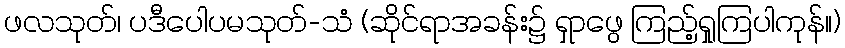
ဖလသုတ်၊ ပဒီပေါပမသုတ်-သံ (ဆိုင်ရာအခန်း၌ ရှာဖွေ ကြည့်ရှုကြပါကုန်။)